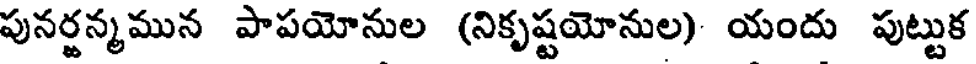
పునర్జన్మమున పాపయోనుల (నికృష్టయోనుల) యందు పుట్టుక